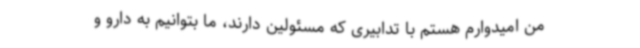
من امیدوارم هستم با تدابیری که مسئولین دارند، ما بتوانیم به دارو و